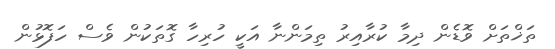
ތަޚްތަށް ވޮޑެން ދިމާ ކުރާއިރު ތިމަންނާ އަކީ ހުރިހާ ގޮތަކުން ވެސް ހަފޮޅުން